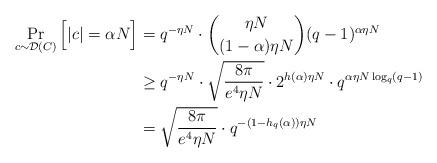
LaTeX: \begin{align*}\Pr_{c\sim \mathcal{D}(C)}\Big[|c| = \alpha N\Big] &=q^{-\eta N} \cdot \binom{\eta N}{(1-\alpha) \eta N} (q-1)^{\alpha\eta N}\\&\geq q^{-\eta N} \cdot \sqrt{\frac{8\pi}{e^4\eta N}}\cdot 2^{h(\alpha)\eta N}\cdot q^{\alpha \eta N \log_q (q-1)}\\&= \sqrt{\frac{8\pi}{e^4\eta N}}\cdot q^{-(1-h_q(\alpha))\eta N}\end{align*}